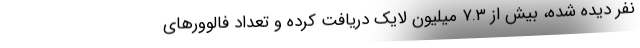
نفر دیده شده، بیش از ۷.۳ میلیون لایک دریافت کرده و تعداد فالوورهای